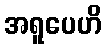
အရူပေဟိ